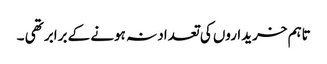
تاہم خریداروں کی تعداد نہ ہونے کے برابر تھی ۔